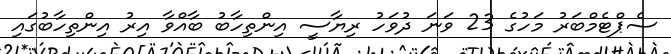
ސެޕްޓެމްބަރު މަހުގެ 23 ވަނަ ދުވަހު ރިޔާސީ އިންތިހާބު ބާއްވާ އިރު އިންތިހާބުގައި